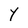
Character: Y